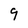
Character: 9